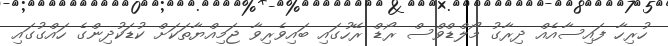
ހުރިހާ ފައިސާއެއް ދިރާގު މޯލްޑްވްސް ރޯޑް ރޭހުގައި ބައިވެރިވާ ޖަމިއްޔާތަކަށް ކުޑަކުދިންގެ ހައްގުގައި